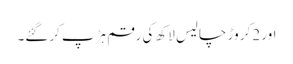
اور 2کر وڑ چالیس لاکھ کی رقم ہڑپ کرگئے۔